Bréfritari: Sigríður Pálsdóttir
Viðtakandi: Páll Pálsson
Dagsetning: A-1869-05-28
Skrifað á: Breiðabólsstað  Rang.
Páll var bróðir Sigríðar

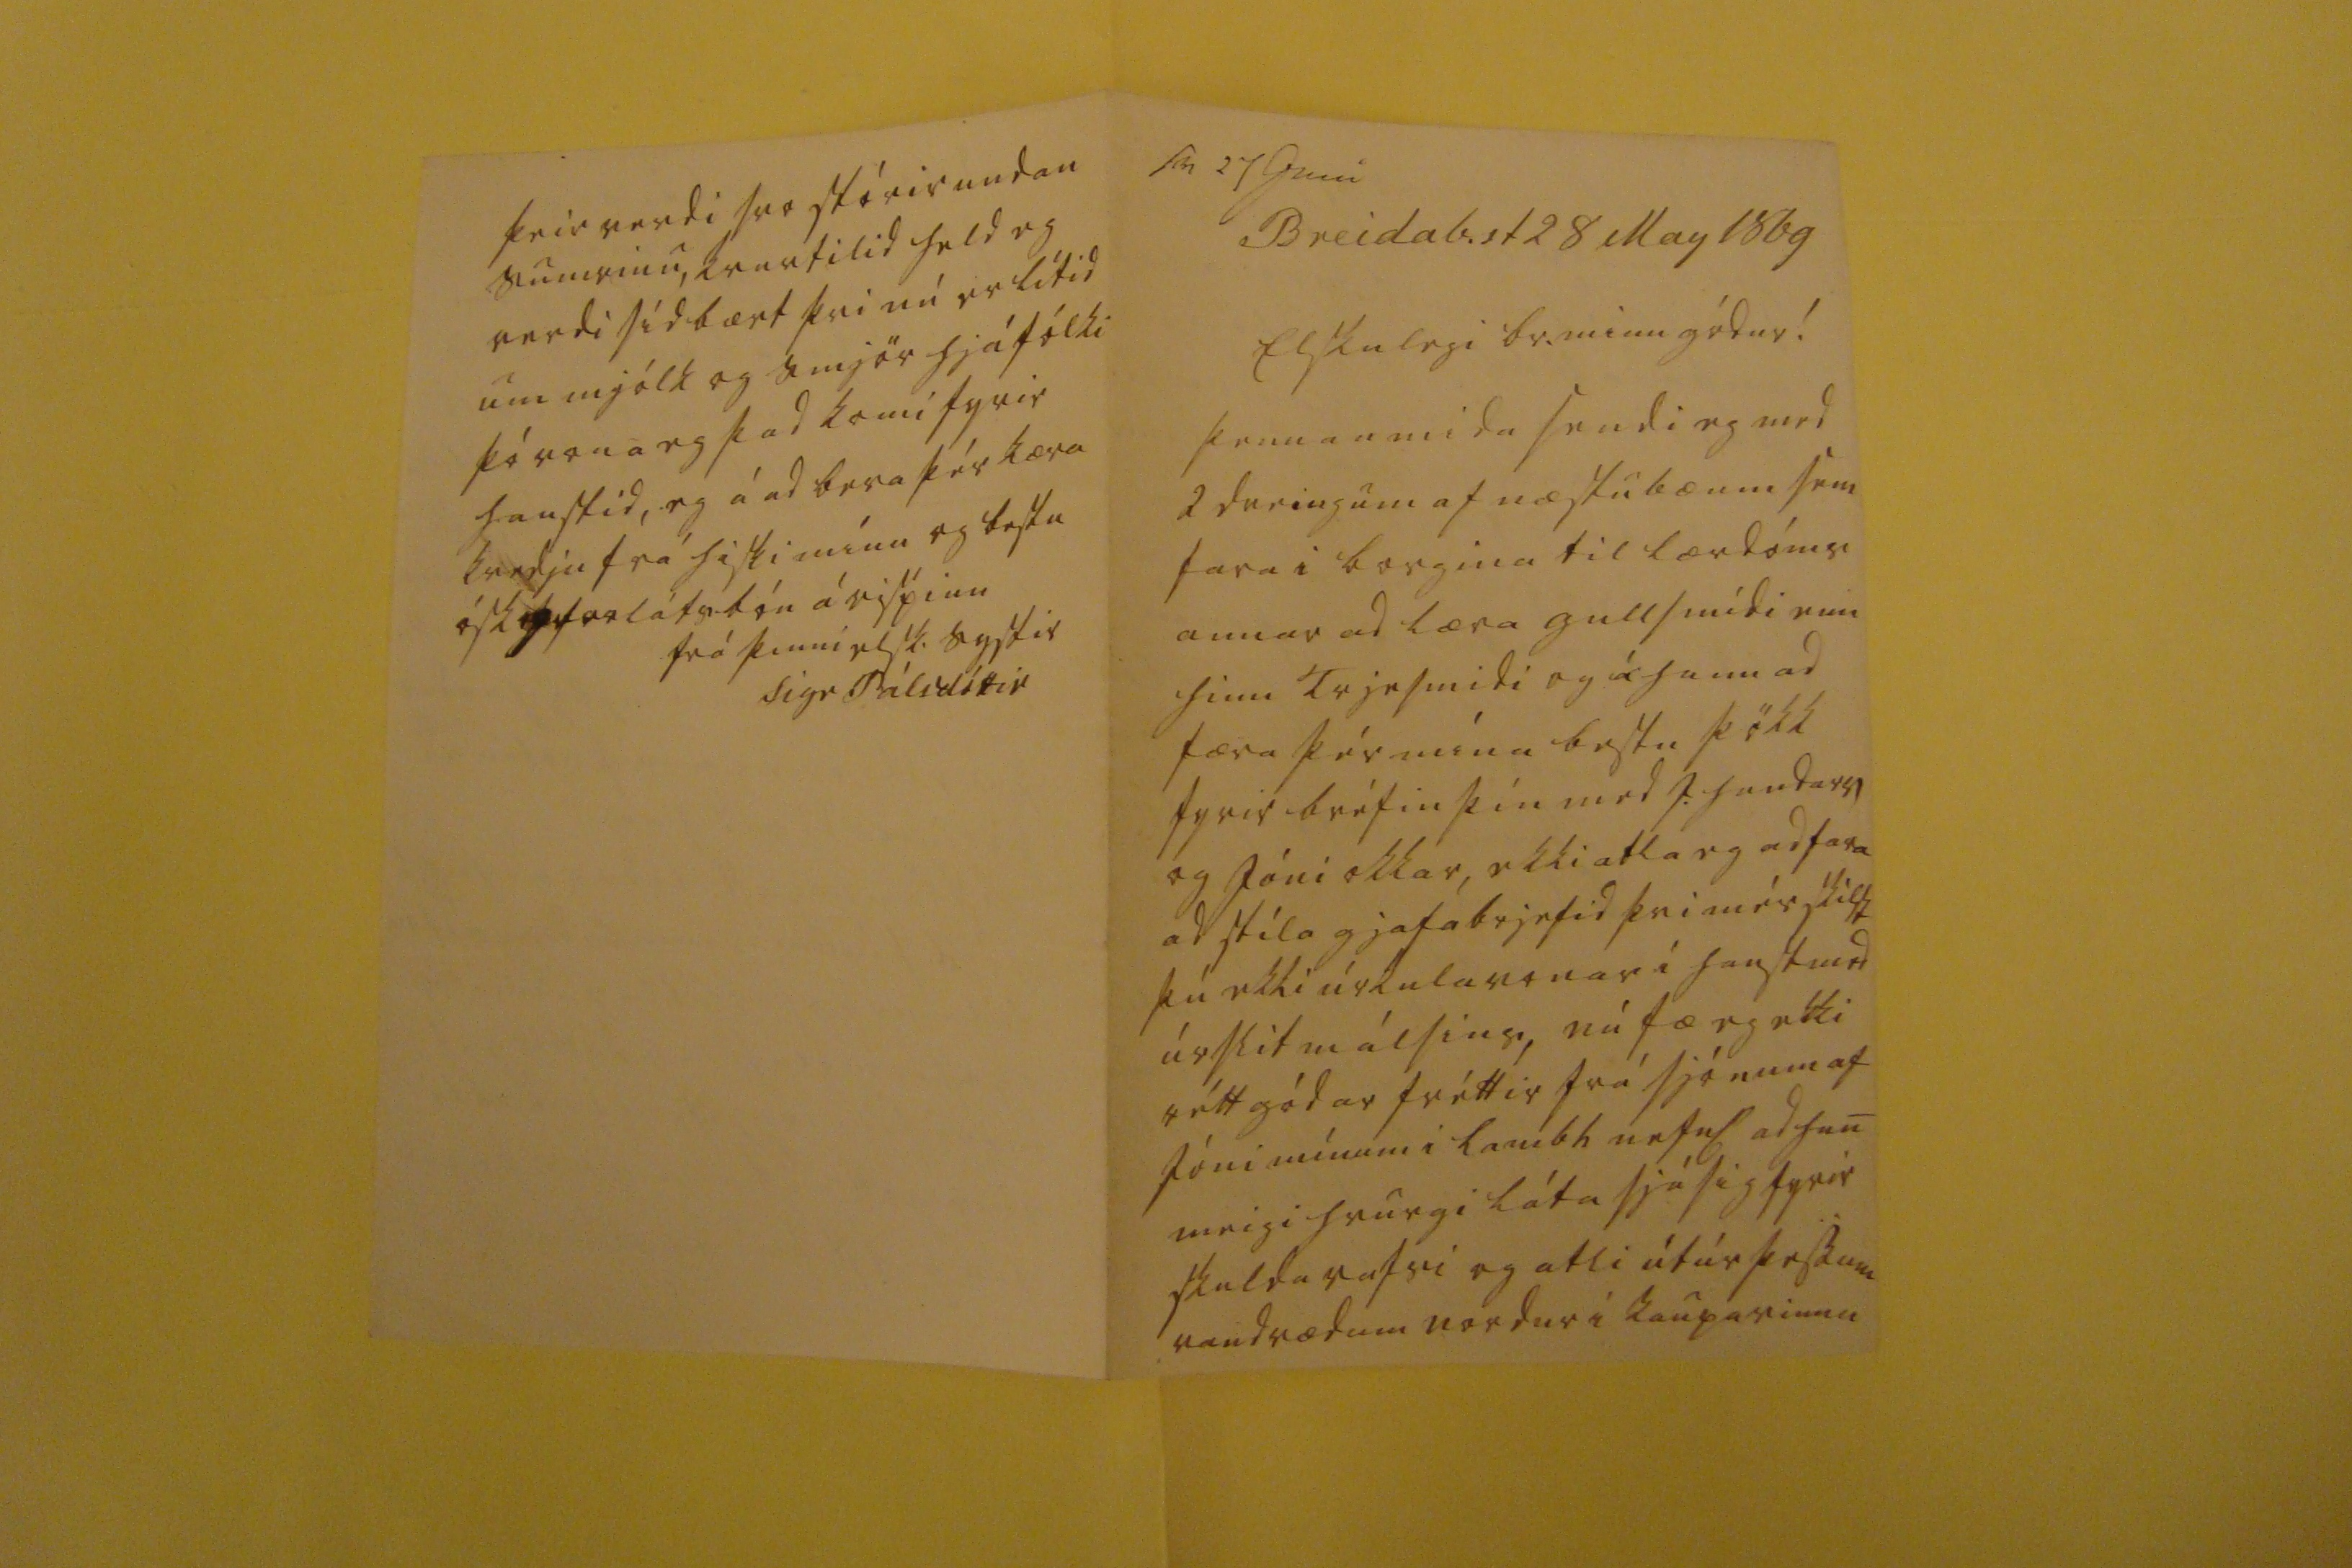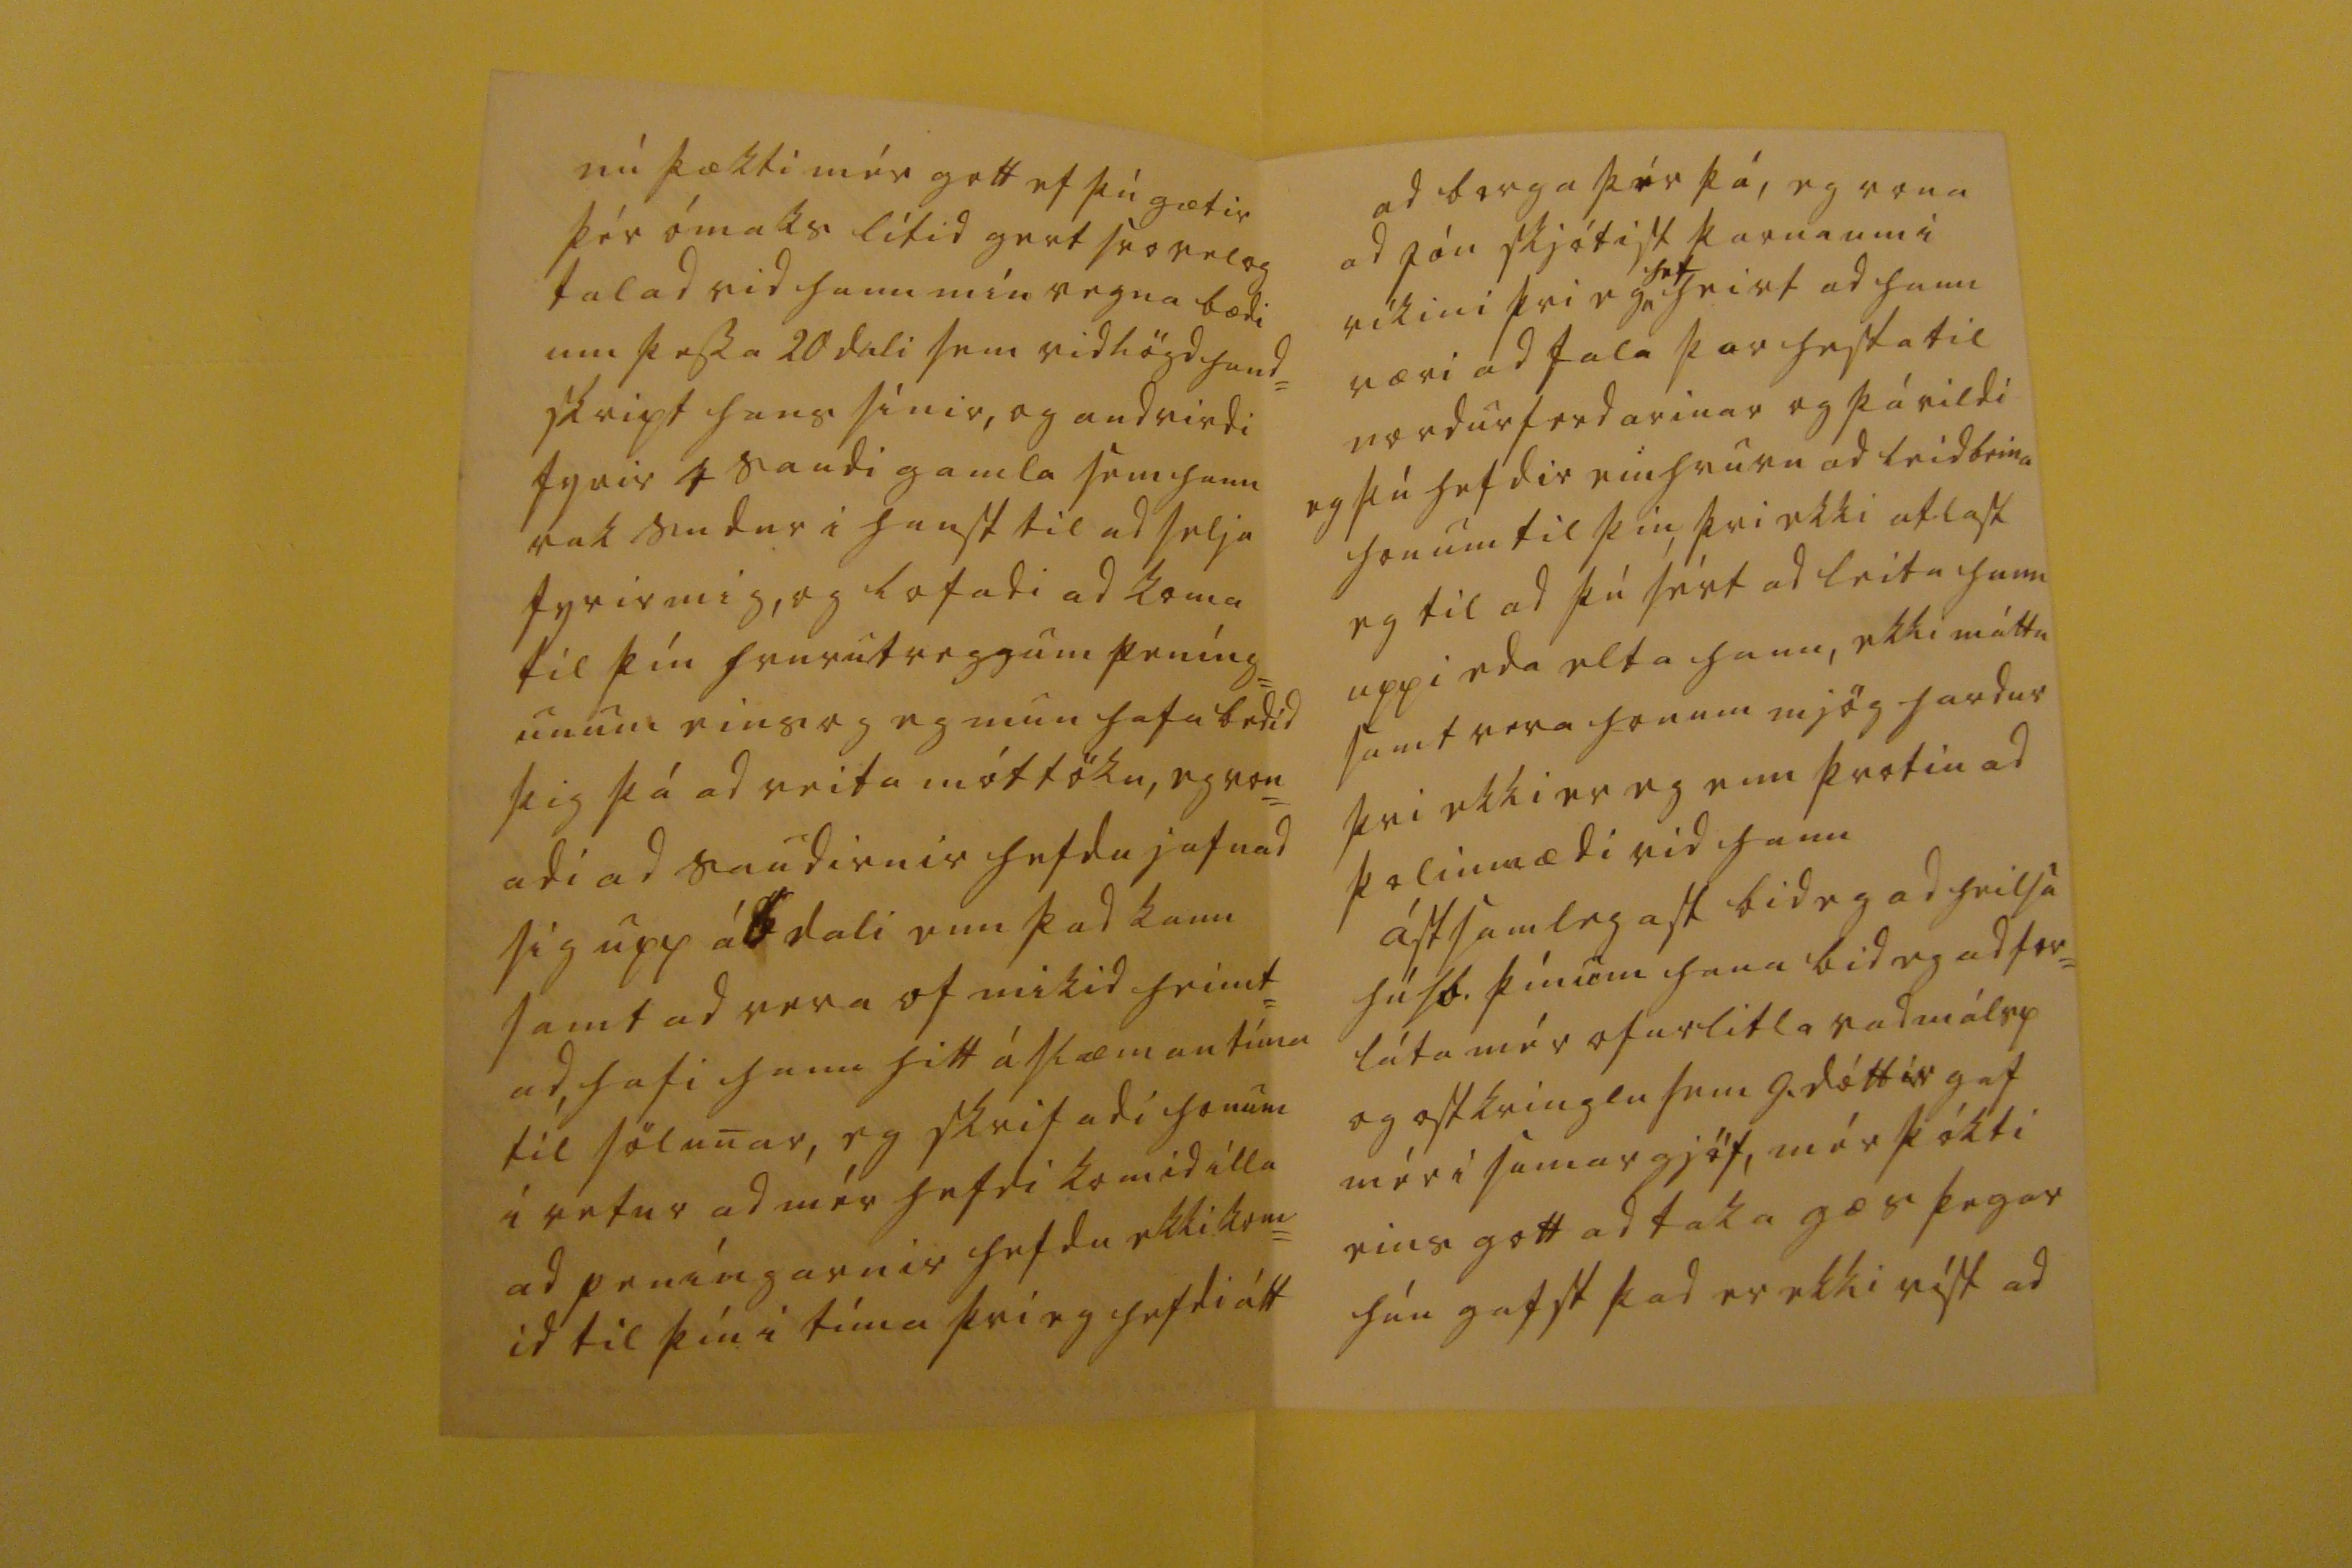

sv 27 Juni
Breidab.st 28 May 1869
Elskulegi br. minn gódur!
þennan mida sendi eg med 2 dreingum af næstu bæum sem fara i borgina til lærdóms annar ad læra gullsmídi enn hinn trjesmidi og á hann ad færa þér mína bestu þökk fyrir bréfin þín med J. handars og Jóni okkar, ekki atla eg ad fara ad stíla gjafabrjefid þvi mér skilst þú ekki úrkula vonar i haust med úrslit málsins, nú fæ eg ekki rétt gódar fréttir frá sjónum af Jóni mínum í Lambh nefnl ad han meigi hvurgi láta sjá sig fyrir skuldavafri og atli útúr þessum vandrædum nordur i kaupavinnu
nú þækti mér gott ef þú gætir þér ómaks lítid gert svo vel og talad vid hann mín vegna bædi um þessa 20 dali sem vidlögd hand= skript hans sínir, og andvirdi fyrir 4 saudi gamla sem hann rak sudur i haust til ad selja fyrir mig, og lofadi ad koma til þín hvurutveggum peníng= unum eins og eg mun hafa bedid þig þá ad veita móttöku, eg von= adi ad saudirnir hefdu jafnad sig upp á 6 dali enn þad kann samt ad vera of mikid heimt= ad, hafi hann hitt á slæman tíma til sölunar, eg skrifadi honum i vetur ad mér hefdi komid illa ad peníngarnir hefdu ekki kom= id til þín í tíma þvi eg hefdi átt
ad borga þér þá, eg vona ad Jón skjótist þarna um i víkini þvi eg
hef
heirt ad hann væri ad fala þar hesta til nordur ferdarinar og þá vildi eg þú hefdir einhvurn ad leidbeina honum til þín, þvi ekki atlast eg til ad þú sért ad leita hann uppi eda elta hann, ekki máttu samt vera honum mjög hardur þvi ekki er eg enn þrotin ad þolinmædi vid hann ástsamlegast bid eg ad heilsa húsb. þínum hana bid eg ad for= láta mér ofurlitla vadmálsp og ostkringlu sem G. dóttir gaf mér í sumar gjöf, mér þókti eins gott ad taka gæs þegar hún gafst þad er ekki víst ad
þeir verdi svo stórir undan sumrinu, kvartilid held eg verdi sídbært þvi nú er lítid um mjólk og smjör hjá fólki þó vona eg þad komi fyrir haustid, eg á ad bera þér kæra kvedju frá hiski mínu og bestu ósk og forlátsbón á rispinu
frá þinni elsk. systir
Sigr Pálsdóttir